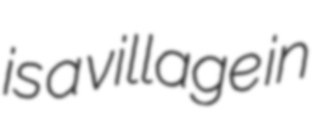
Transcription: is a village in